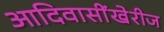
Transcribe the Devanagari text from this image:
आदिवासींखेरीज